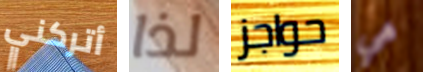
أتركني لذا حواجز هي